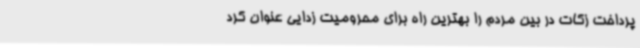
پرداخت زکات در بین مردم را بهترین راه برای محرومیت زدایی عنوان کرد